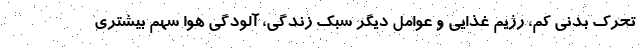
تحرک بدنی کم، رژیم غذایی و عوامل دیگر سبک زندگی، آلودگی هوا سهم بیشتری